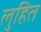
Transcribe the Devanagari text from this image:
लुहित